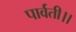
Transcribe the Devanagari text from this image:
पार्वती।।